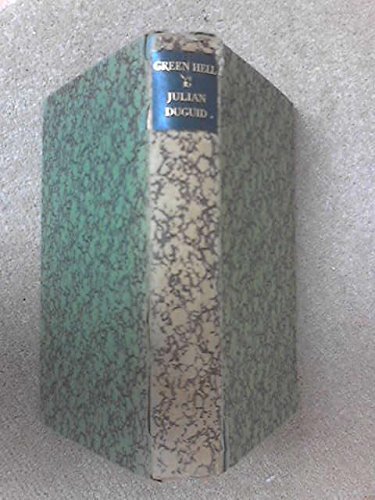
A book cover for Green hell;: Adventures in the mysterious jungles of eastern Bolivia,; Julian Duguid; Travel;